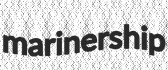
marinership